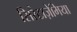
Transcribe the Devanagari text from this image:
सिरैटाज़ेमिया